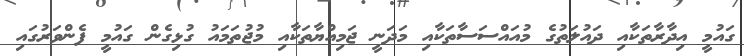
ގައުމީ އިދާރާތަކާއި ދައުލަތުގެ މުއައްސަސާތަކާއި މަދަނީ ޖަމިއްޔާތަކާއި މުޖުތަމައު ގުޅިގެން ގައުމީ ފެންވަރުގައި